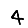
Digit: 4